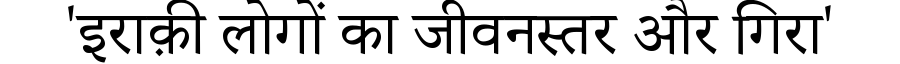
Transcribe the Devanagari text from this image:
'इराक़ी लोगों का जीवनस्तर और गिरा'